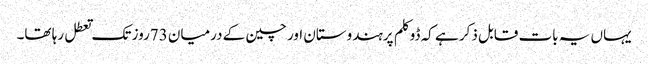
یہاں یہ بات قابل ذکر ہے کہ ڈوکلم پرہندوستان اور چین کے درمیان 73روز تک تعطل رہا تھا۔